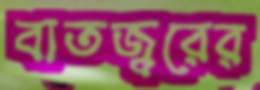
বাতজ্বরের